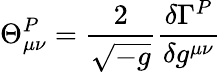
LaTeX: \Theta_{\mu\nu}^{P}=\frac{2}{\sqrt{-g}}\frac{\delta\Gamma^{P}}{\delta g^{\mu\nu}}